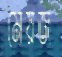
মেয়জ